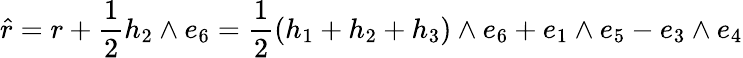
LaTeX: \hat{r}=r+\frac{1}{2}h_{2}\wedge e_{6}=\frac{1}{2}(h_{1}+h_{2}+h_{3})\wedge e_{6}+e_{1}\wedge e_{5}-e_{3}\wedge e_{4}